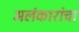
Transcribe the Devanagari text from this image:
अलंकारांचा